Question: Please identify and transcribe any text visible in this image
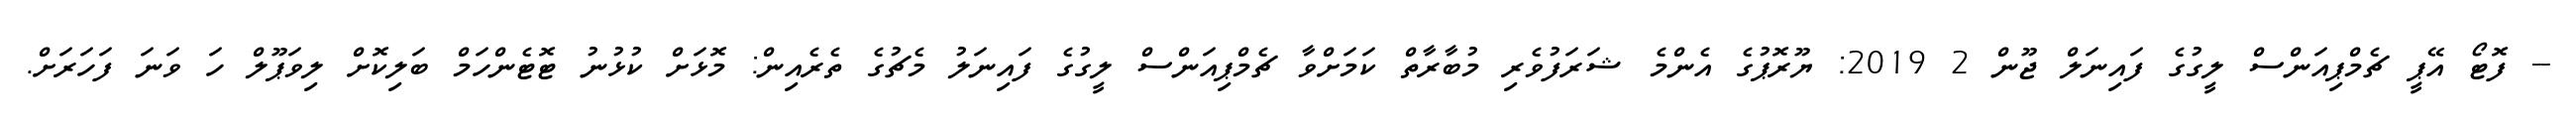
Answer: -- ފޮޓޯ އޭޕީ ޗެމްޕިއަންސް ލީގުގެ ފައިނަލް ޖޫން 2 2019: ޔޫރޮޕުގެ އެންމެ ޝަރަފުވެރި މުބާރާތް ކަމަށްވާ ޗެމްޕިއަންސް ލީގުގެ ފައިނަލު މެޗުގެ ތެރެއިން: މޮޅަށް ކުޅުނު ޓޮޓެންހަމް ބަލިކޮށް ލިވަޕޫލް ހަ ވަނަ ފަހަރަށް.